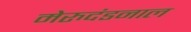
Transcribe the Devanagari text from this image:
मेरुदंडनाल